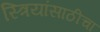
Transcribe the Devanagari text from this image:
स्त्रियांसाठीचा